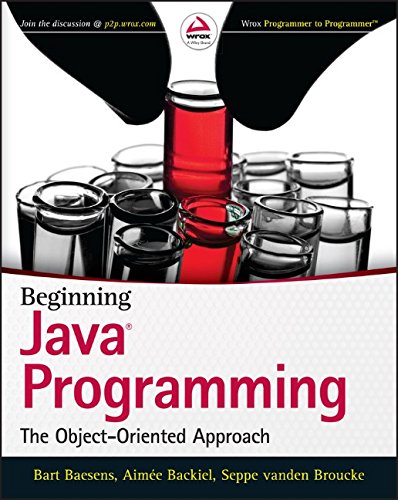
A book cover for Beginning Java Programming: The Object-Oriented Approach; Bart Baesens; Computers & Technology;